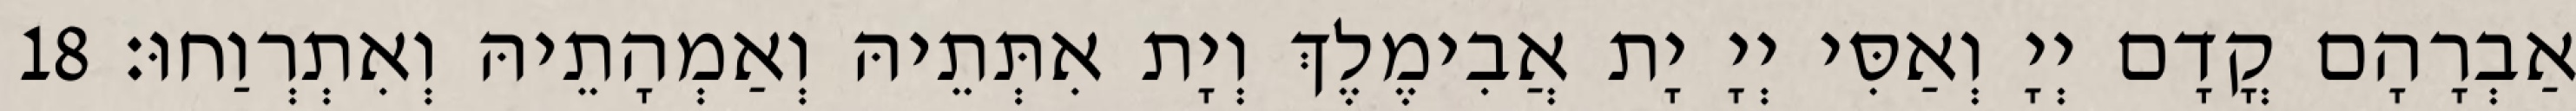
אַבְרָהָם קֳדָם יְיָ וְאַסִּי יְיָ יָת אֲבִימֶלֶךְ וְיָת אִתְּתֵיהּ וְאַמְהָתֵיהּ וְאִתְרְוַחוּ׃ 18